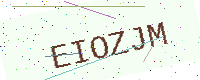
Text: EIOZJM